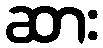
ဆား